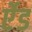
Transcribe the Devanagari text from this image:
र्एेड